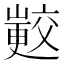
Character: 𭗟